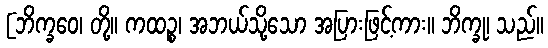
[ဘိက္ခဝေ၊ တို့။ ကထဉ္စ၊ အဘယ်သို့သော အပြားဖြင့်ကား။ ဘိက္ခု၊ သည်။